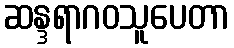
ဆန္ဒရာဂဝသူပေတာ